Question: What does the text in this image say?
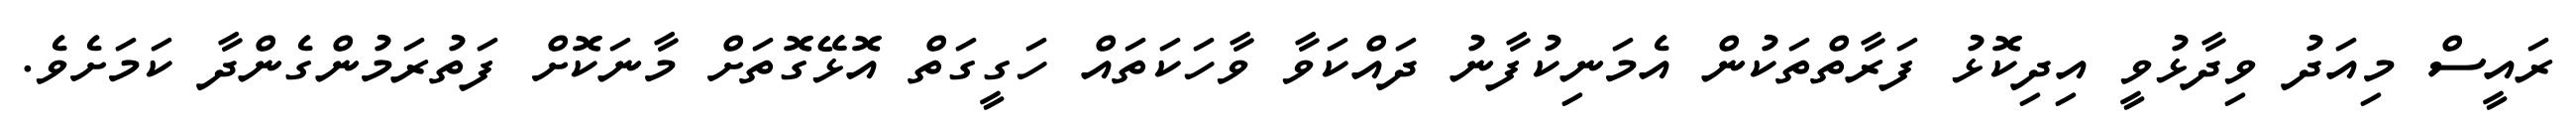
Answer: ރައީސް މިއަދު ވިދާޅުވީ އިދިކޮޅު ފަރާތްތަކުން އެމަނިކުފާނު ދައްކަވާ ވާހަކަތައް ހަގީގަތް އޮޅޭގޮތަށް މާނަކޮށް ފަތުރަމުންގެންދާ ކަމަށެވެ.